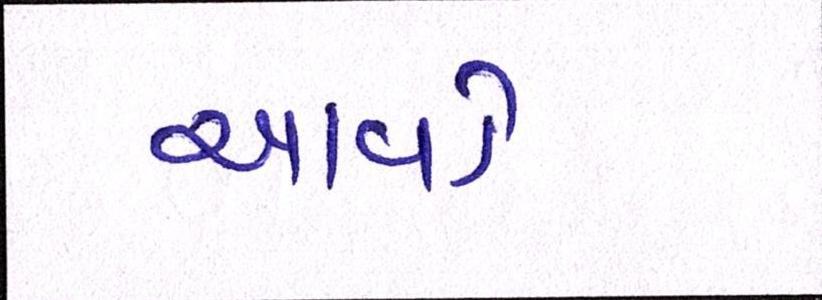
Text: આવડે